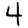
Digit: 4